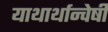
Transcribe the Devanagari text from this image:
याथार्थान्वेषी